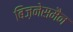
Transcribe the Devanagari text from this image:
बिज़नेसमैन